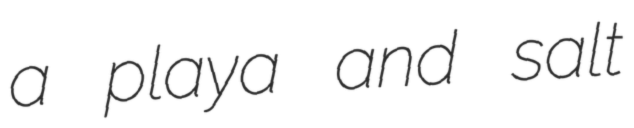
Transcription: a playa and salt